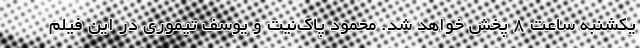
یکشنبه ساعت ۸ پخش خواهد شد. محمود پاک‌نیت و یوسف تیموری در این فیلم